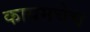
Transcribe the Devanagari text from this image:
कायमचेच